Indian journal of veterinary science and animal husbandry - Volume 14,
Year: 1944
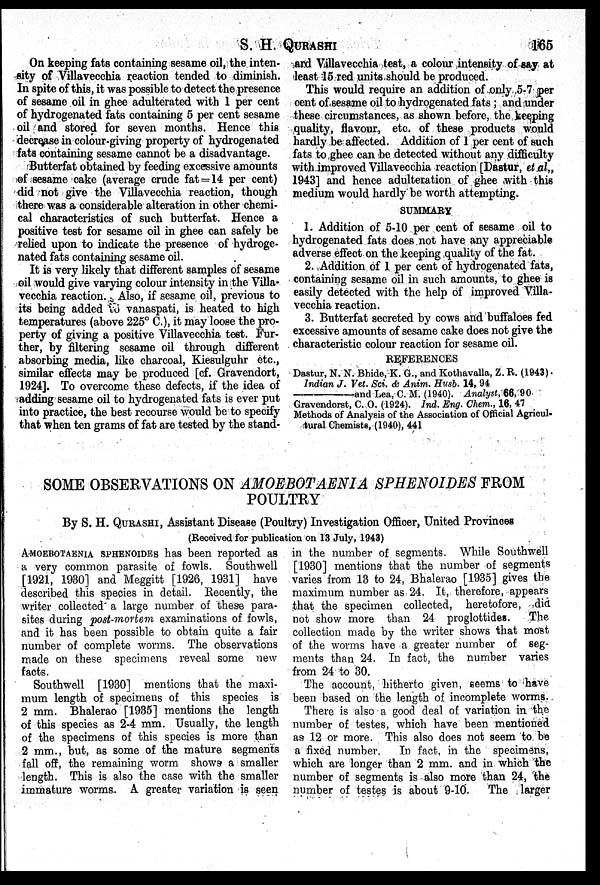
S. H.
QURASHI
165
On keeping fats containing sesame oil, the inten-
sity of Villavecchia reaction tended to diminish.
In spite of this, it was possible to detect the presence
of sesame oil in ghee adulterated with 1 per cent
of hydrogenated fats containing 5 per cent sesame
oil and stored for seven months. Hence this
decrease in colour-giving property of hydrogenated
fats containing sesame cannot be a disadvantage.
Butterfat obtained by feeding excessive amounts
of sesame cake (average crude fat = 14 per cent)
did not give the Villavecchia reaction, though
there was a considerable alteration in other chemi-
cal characteristics of such butterfat. Hence a
positive test for sesame oil in ghee can safely be
relied upon to indicate the presence of hydroge-
nated fats containing sesame oil.
It is very likely that different samples of sesame
oil would give varying colour intensity in the Villa-
vecchia reaction. Also, if sesame oil, previous to
its being added to vanaspati, is heated to high
temperatures (above 225° C.), it may loose the pro-
perty of giving a positive Villavecchia test. Fur-
ther, by filtering sesame oil through different
absorbing media, like charcoal, Kiesulguhr etc.,
similar effects may be produced [cf. Gravendort,
1924]. To overcome these defects, if the idea of
adding sesame oil to hydrogenated fats is ever put
into practice, the best recourse would be to specify
that when ten grams of fat are tested by the stand-
and Villavecchia test, a colour intensity of say at
least 15 red units should be produced.
This would require an addition of only 5-7 per
cent of sesame oil to hydrogenated fats; and under
these circumstances, as shown before, the keeping
quality, flavour, etc. of these products would
hardly be affected. Addition of 1 per cent of such
fats to ghee can be detected without any difficulty
with improved Villavecchia reaction [Dastur, et al„
1943] and hence adulteration of ghee with this
medium would hardly be worth attempting.
SUMMARY
1. Addition of 5-10 per cent of sesame oil to
hydrogenated fats does not have any appreciable
adverse effect on the keeping quality of the fat.
2. Addition of 1 per cent of hydrogenated fats,
containing sesame oil in such amounts, to ghee is
easily detected with the help of improved Villa-
vecchia reaction.
3. Butterfat secreted by cows and buffaloes fed
excessive amounts of sesame cake does not give the
characteristic colour reaction for sesame oil.
REFERENCES
Dastur, N. N. Bhide, K. G., and Kothavalla, Z. R. (1943).
Indian J. Vet. Sci. & Anim. Husb. 14, 94
——
and Lea, C. M. (1940). Analyst, 66, 90
Gravendorst, C. O. (1924). Ind. Eng. Chem., 16, 47
Methods of Analysis of the Association of Official Agricul-
tural Chemists, (1940), 441
SOME OBSERVATIONS ON AMOEBOTAENIA SPHENOIDES FROM
POULTRY
By S. H. QURASHI, Assistant Disease (Poultry) Investigation Officer, United Provinces
(Received for publication on 13 July, 1943)
AMOEBOTAENIA SPHENOIDES has been reported as
a very common parasite of fowls. Southwell
[1921, 1930] and Meggitt [1926, 1931] have
described this species in detail. Recently, the
writer collected a large number of these para-
sites during post-mortem examinations of fowls,
and it has been possible to obtain quite a fair
number of complete worms. The observations
made on these specimens reveal some new
facts.
Southwell [1930] mentions that the maxi-
mum length of specimens of this species is
2 mm. Bhalerao [1935] mentions the length
of this species as 2-4 mm. Usually, the length
of the specimens of this species is more than
2 mm., but, as some of the mature segments
fall off, the remaining worm shows a smaller
length. This is also the case with the smaller
immature worms. A greater variation is seen
in the number of segments. While Southwell
[1930] mentions that the number of segments
varies from 13 to 24, Bhalerao [1935] gives the
maximum number as 24. It, therefore, appears
that the specimen collected, heretofore, did
not show more than 24 proglottides. The
collection made by the writer shows that most
of the worms have a greater number of seg-
ments than 24. In fact, the number varies
from 24 to 30.
The account, hitherto given, seems to have
been based on the length of incomplete worms.
There is also a good deal of variation in the
number of testes, which have been mentioned
as 12 or more. This also does not seem to be
a fixed number. In fact, in the specimens,
which are longer than 2 mm. and in which the
number of segments is also more than 24, the
number of testes is about 9-10. The larger